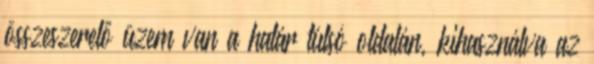
összeszerelő üzem van a határ túlsó oldalán, kihasználva az